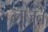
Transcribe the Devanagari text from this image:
लाजुन